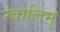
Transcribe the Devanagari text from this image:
म्वालिमु